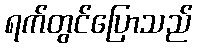
ရက်တွင်ပြောသည်